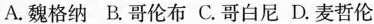
A.魏格纳 B.哥伦布 C.哥白尼 D.麦哲伦